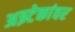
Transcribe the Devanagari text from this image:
अझ्टेकांवर